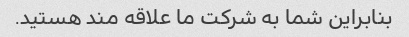
بنابراین شما به شرکت ما علاقه مند هستید.